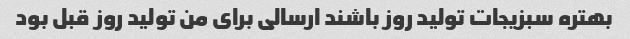
بهتره سبزیجات تولید روز باشند ارسالی برای من تولید روز قبل بود